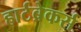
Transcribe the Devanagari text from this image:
हार्टब्रेकर्स